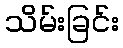
သိမ်းခြင်း